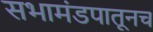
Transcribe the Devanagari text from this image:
सभामंडपातूनच